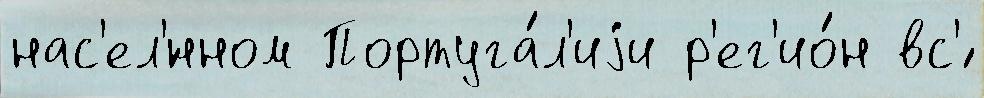
нас'ел'́нном Португа́л'иjи р'ег'ио́н вс'́